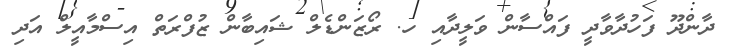
ދާންދޫ ފަހުދާވާދީ ފައްސާން ވަލީދާއި ހ. ރޯޒަންޑެލް ޝައިބާން ޒުފްރަތް އިސްމާއީލް އަދި